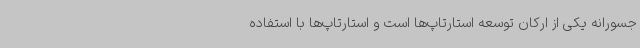
جسورانه یکی از ارکان توسعه استارتاپ‌ها است و استارتاپ‌ها با استفاده